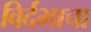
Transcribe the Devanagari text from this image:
विर्दभाचा